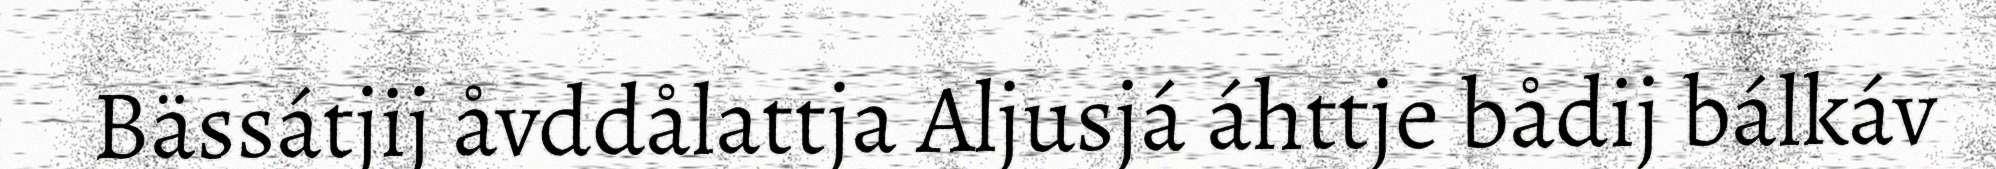
Bässátjij åvddålattja Aljusjá áhttje bådij bálkáv